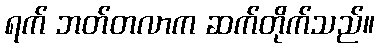
ရက် ဘတ်တလာက ဆက်တိုက်သည်။